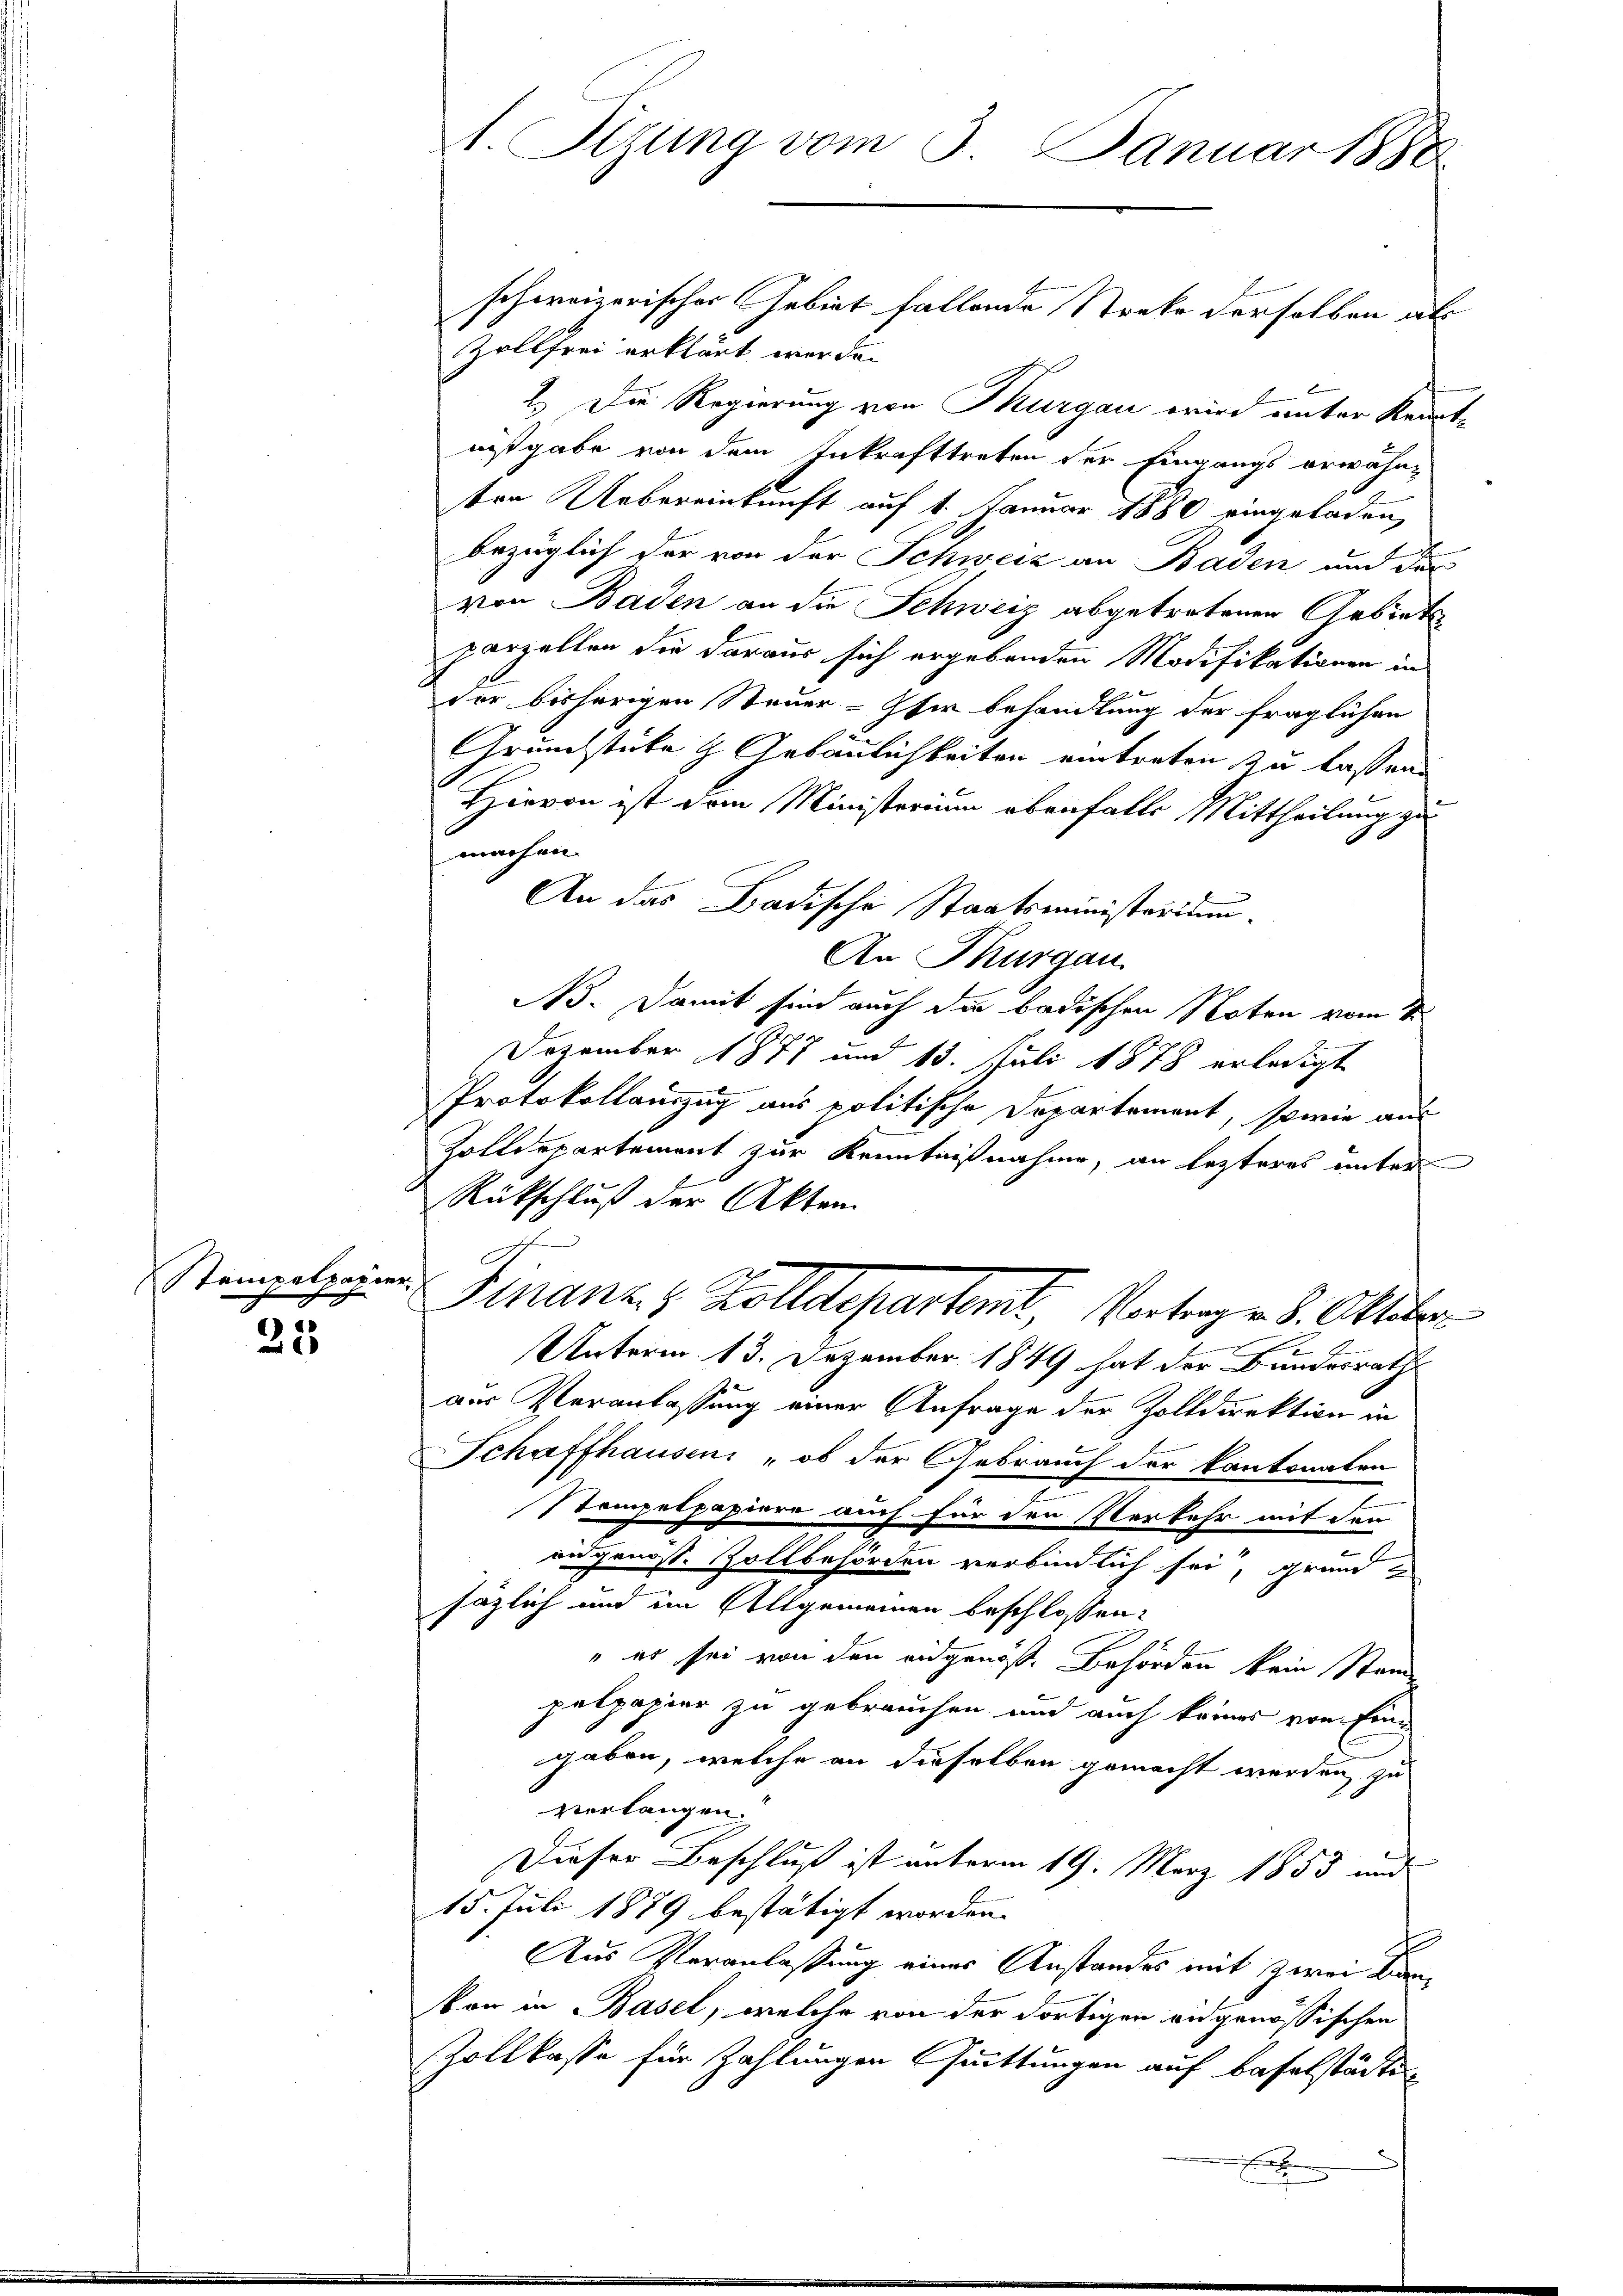
Stempelpapier
c

21

Zollfrei erklärt werde.
2.) Die Regierung von Thurgau wird unter Kenntnißgabe von dem Inkrafttreten der Eingangs erwähn-
sten Uebereinkunft auf 1. Januar 1880 eingeladen,
t
bezüglich der von der Schweiz an Baden und der
von Baden an die Schweiz abgetretenen Gebietsparzellen die daraus sich ergebenden Modifikationen in
vor bisherigen Steuer-Iser behandlung der fraglichen
Grundstücke & Gebäulichkeiten eintreten zu lassen.
Hievon ist dem Ministerium ebenfalls Mittheilung zu
machen.
An das Badische Staatsministerium.
An Thurgau.
No. Damit sind auch die badischen Noten vom 2.
Dezember 1877 und 13. Juli 1878 erledigt
Protokollauszug aus politische Departement, sowie aus
Zolldepartement zur Kenntnißnahme, an lezteres unter
Rückschluß der Akten
2
Finanz- & Zolldepartamt, Vertrage 8. Oktober
Unterm 13. Dezember 1849 hat der Bundesrath
aus Veranlassung einer Anfrage der Zolldirektion in
Schaffhausen, „ob der Gebrauch der kantonalen
PTempelpapiere auch für den Verkehr mit den
2
.
eidgenoss. Zollbehörden verbindlich sei, grund
säzlich und im Allgemeinen beschlossen:
" es sei von den eidgenöße Behörden kein Stand
pelpapier zu gebrauchen und auch keines von Eingaben, welche an dieselben gemacht werden, zu
verlangen.
Dieser Beschluß ist unterm 19. März 1853 und
15. Juli 1879 bestätigt worden.
Aus Veranlassung eines Anstandes mit zwei Kankon in Basel, welche von der dortigen angenössischen
Zollkasse für Zahlungen Quittungen auf Baselstädten

1. Sezung vom 3. Januar 1888

schweizerisches Gebiet fallende Streke derselben als